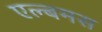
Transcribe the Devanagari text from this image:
एल्बमस